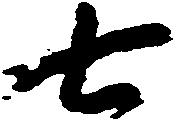
七